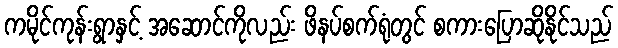
ကမိုင်ကုန်းရွာနှင့် အဆောင်ကိုလည်း ဖိနပ်စက်ရုံတွင် စကားပြောဆိုနိုင်သည်